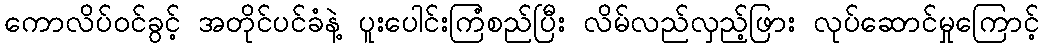
ကောလိပ်၀င်ခွင့် အတိုင်ပင်ခံနဲ့ ပူးပေါင်းကြံစည်ပြီး လိမ်လည်လှည့်ဖြား လုပ်ဆောင်မှုကြောင့်